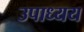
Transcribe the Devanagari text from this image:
उपाध्यय